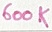
Text: 600K